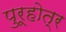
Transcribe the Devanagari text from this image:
पुरूहोत्र